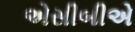
એસીબીએ